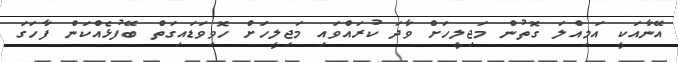
އޭނާއަކީ އަމިއްލަ ގޮތުން މަޖިލީހަށް ވާދަ ކުރައްވައި މަޖިލީހަށް ހޮވިވަޑައިގަތް ބޭފުޅެއްކަން ފާހަގަ